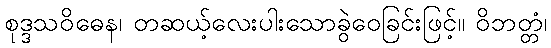
စုဒ္ဒသဝိဓေန၊ တဆယ့်လေးပါးသောခွဲဝေခြင်းဖြင့်။ ဝိဘတ္တံ၊